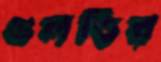
গুলতির